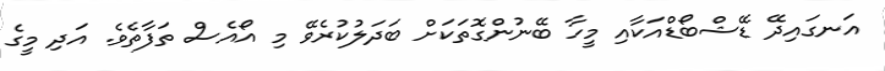
އަނގައިދޭ ޑޭޝްބޯޑްއަކާއި މީހާ ބޭނުންގޮތަކަށް ބަދަލުކުރެވޭ މި އޯއެސް ތަފާތެވެ. އަދި މީގެ